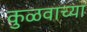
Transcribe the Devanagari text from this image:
कुळवाच्या